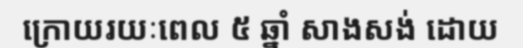
ក្រោយរយៈពេល ៥ ឆ្នាំ សាងសង់ ដោយ